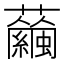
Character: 𧅇